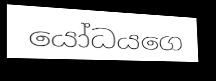
යෝධයගෙ